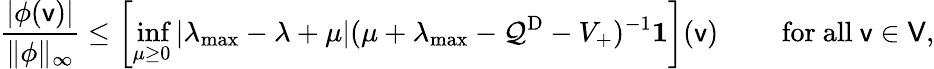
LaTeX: \frac{|\phi(\mathsf{v})|}{\| \phi\| _{\infty}}\le\left[\operatorname*{inf}_{\mu\ge 0}|\lambda_{\operatorname*{max}}-\lambda+\mu|(\mu+\lambda_{\operatorname*{max}}-\mathcal Q^{\mathrm{D}}-V_{+})^{-1}\mathbf 1\right](\mathsf{v})\qquad\mathrm{~for~all~}\mathsf{v}\in\mathsf{V},